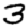
Digit: 3